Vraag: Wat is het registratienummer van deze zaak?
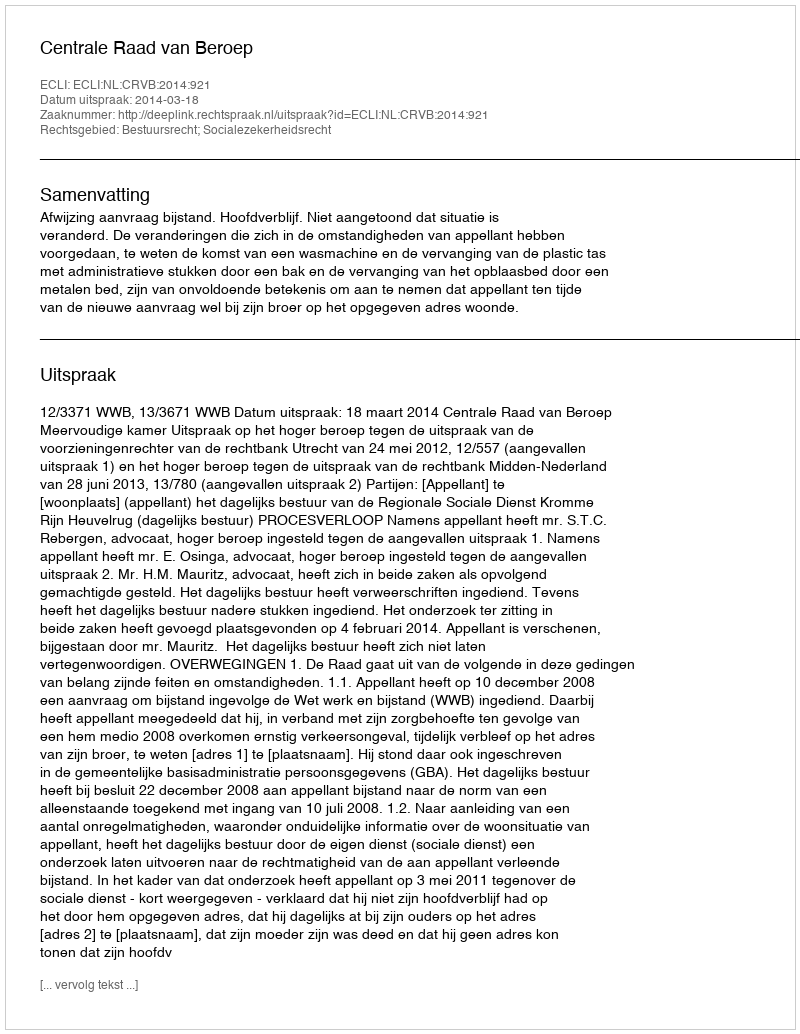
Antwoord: http://deeplink.rechtspraak.nl/uitspraak?id=ECLI:NL:CRVB:2014:921